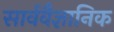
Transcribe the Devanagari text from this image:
सार्ववैज्ञानिक